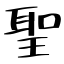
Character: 聖